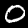
Label: 0